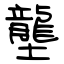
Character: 壟